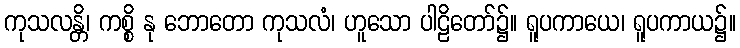
ကုသလန္တိ၊ ကစ္စိ နု ဘောတော ကုသလံ၊ ဟူသော ပါဠိတော်၌။ ရူပကာယေ၊ ရူပကာယ၌။